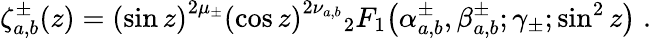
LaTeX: \zeta_{a,b}^{\pm}(z)={\left(\sin z\right)}^{2\mu_{\pm}}{\left(\cos z\right)}^{2\nu_{a,b}}{}_{2}F_{1}\! \left(\alpha_{a,b}^{\pm},\beta_{a,b}^{\pm};\gamma_{\pm};\sin^{2}z\right)\; .